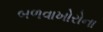
બળવાખોરોના